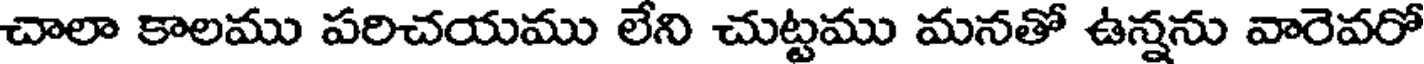
చాలా కాలము పరిచయము లేని చుట్టము మనతో ఉన్నను వారెవరో